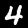
Digit: 4